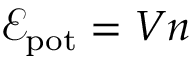
\mathcal { E } _ { \mathrm { p o t } } = V n